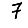
Digit: 7